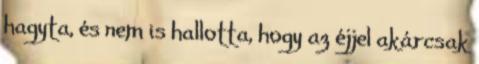
hagyta, és nem is hallotta, hogy az éjjel akárcsak